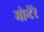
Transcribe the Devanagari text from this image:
मोन्टेरे